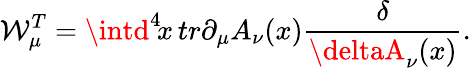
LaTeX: \mathcal{W}_{\mu}^{T}=\intd^{4}\! x\, tr\partial_{\mu}A_{\nu}(x){\frac{{\delta}}{{\deltaA_{\nu}(x)}}}.